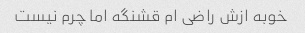
خوبه ازش راضی ام قشنگه اما چرم نیست